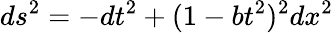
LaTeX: ds^{2}=-dt^{2}+(1-bt^{2})^{2}dx^{2}